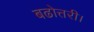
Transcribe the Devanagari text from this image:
बढोत्तरी।